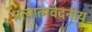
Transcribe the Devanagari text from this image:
प्रत्यात्मवेदनीय